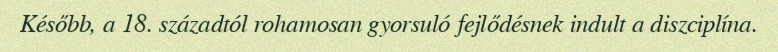
Később, a 18. századtól rohamosan gyorsuló fejlődésnek indult a diszciplína.